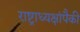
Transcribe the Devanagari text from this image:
राष्ट्राध्यक्षांपैकी